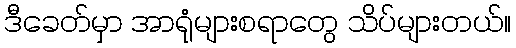
ဒီခေတ်မှာ အာရုံများစရာတွေ သိပ်များတယ်။